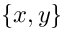
\{ x , y \}